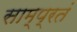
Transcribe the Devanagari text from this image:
साम्प्रतं